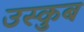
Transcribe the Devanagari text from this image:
उस्कुब